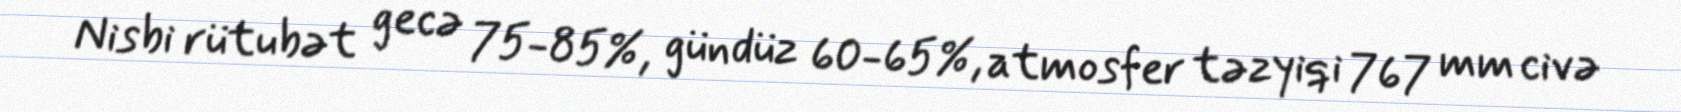
Nisbi rütubət gecə 75-85%, gündüz 60-65%, atmosfer təzyiqi 767 mm civə